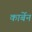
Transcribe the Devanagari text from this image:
कार्बेन